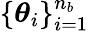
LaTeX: \{ \boldsymbol{\theta}_{i}\} _{i=1}^{n_{b}}